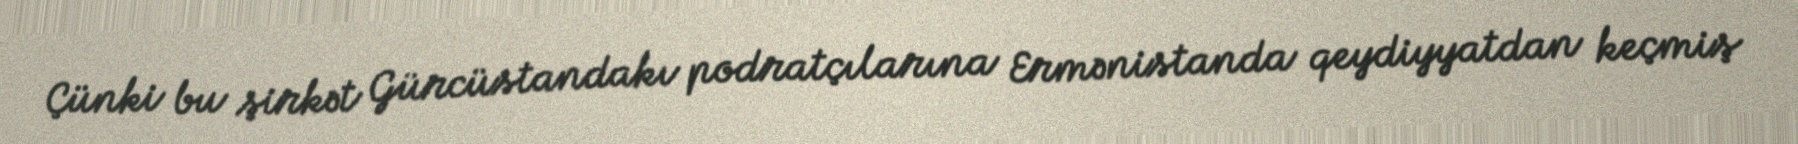
Çünki bu şirkət Gürcüstandakı podratçılarına Ermənistanda qeydiyyatdan keçmiş